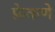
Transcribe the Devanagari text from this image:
फ़ेकणे